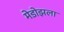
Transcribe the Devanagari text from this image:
मेडोझला